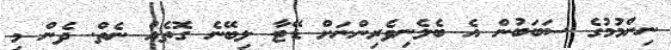
ނިންމުމުގެ ސަބަބުން އެ ބެލެނިވެރިންނަށް ޑޭޓާ ލިބޭނެ ގޮތެއް ނެތް. ދެން މި